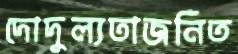
দোদুল্যতাজনিত